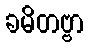
ခမိတဗ္ဗာ